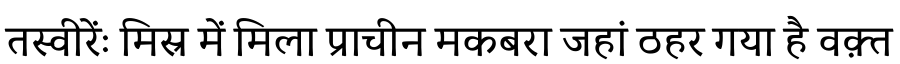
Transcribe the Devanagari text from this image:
तस्वीरेंः मिस्र में मिला प्राचीन मकबरा जहां ठहर गया है वक़्त